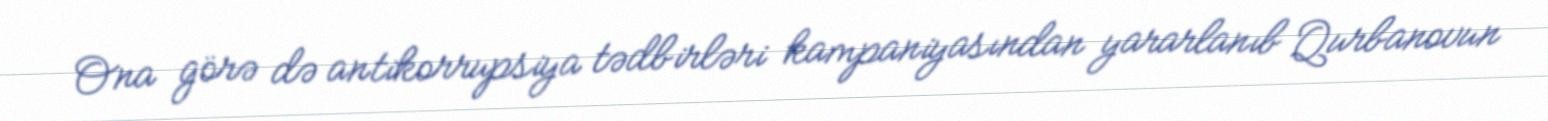
Ona görə də antikorrupsiya tədbirləri kampaniyasından yararlanıb Qurbanovun